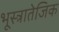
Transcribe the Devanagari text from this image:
भूस्त्रातेजिक